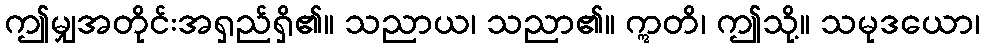
ဤမျှအတိုင်းအရှည်ရှိ၏။ သညာယ၊ သညာ၏။ ဣတိ၊ ဤသို့။ သမုဒယော၊